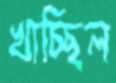
খাচ্ছিল